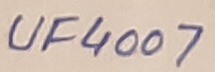
Text: UF4007